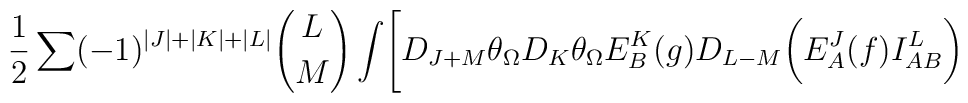
{1 \over 2}\sum (-1)^{|J|+|K|+|L|}{L \choose M}\int \Biggl[D_{J+M}\theta_{\Omega} D_K\theta_{\Omega} E^K_B(g)D_{L-M}\biggl( E^J_A(f)I^L_{AB}\biggr)